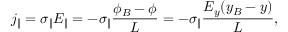
j _ { \| } = \sigma _ { \| } E _ { \| } = - \sigma _ { \| } \frac { \phi _ { B } - \phi } { L } = - \sigma _ { \| } \frac { E _ { y } ( y _ { B } - y ) } { L } ,